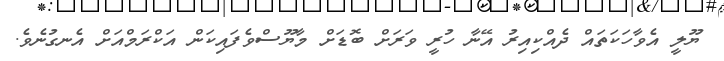
ޔޫލީ އެވާހަކަތައް ދެއްކިއިރު އޭނާ ހުރީ ވަރަށް ބޮޑަށް މާޔޫސްވެފައިކަން އަކްރަމްއަށް އެނގުނެވެ.